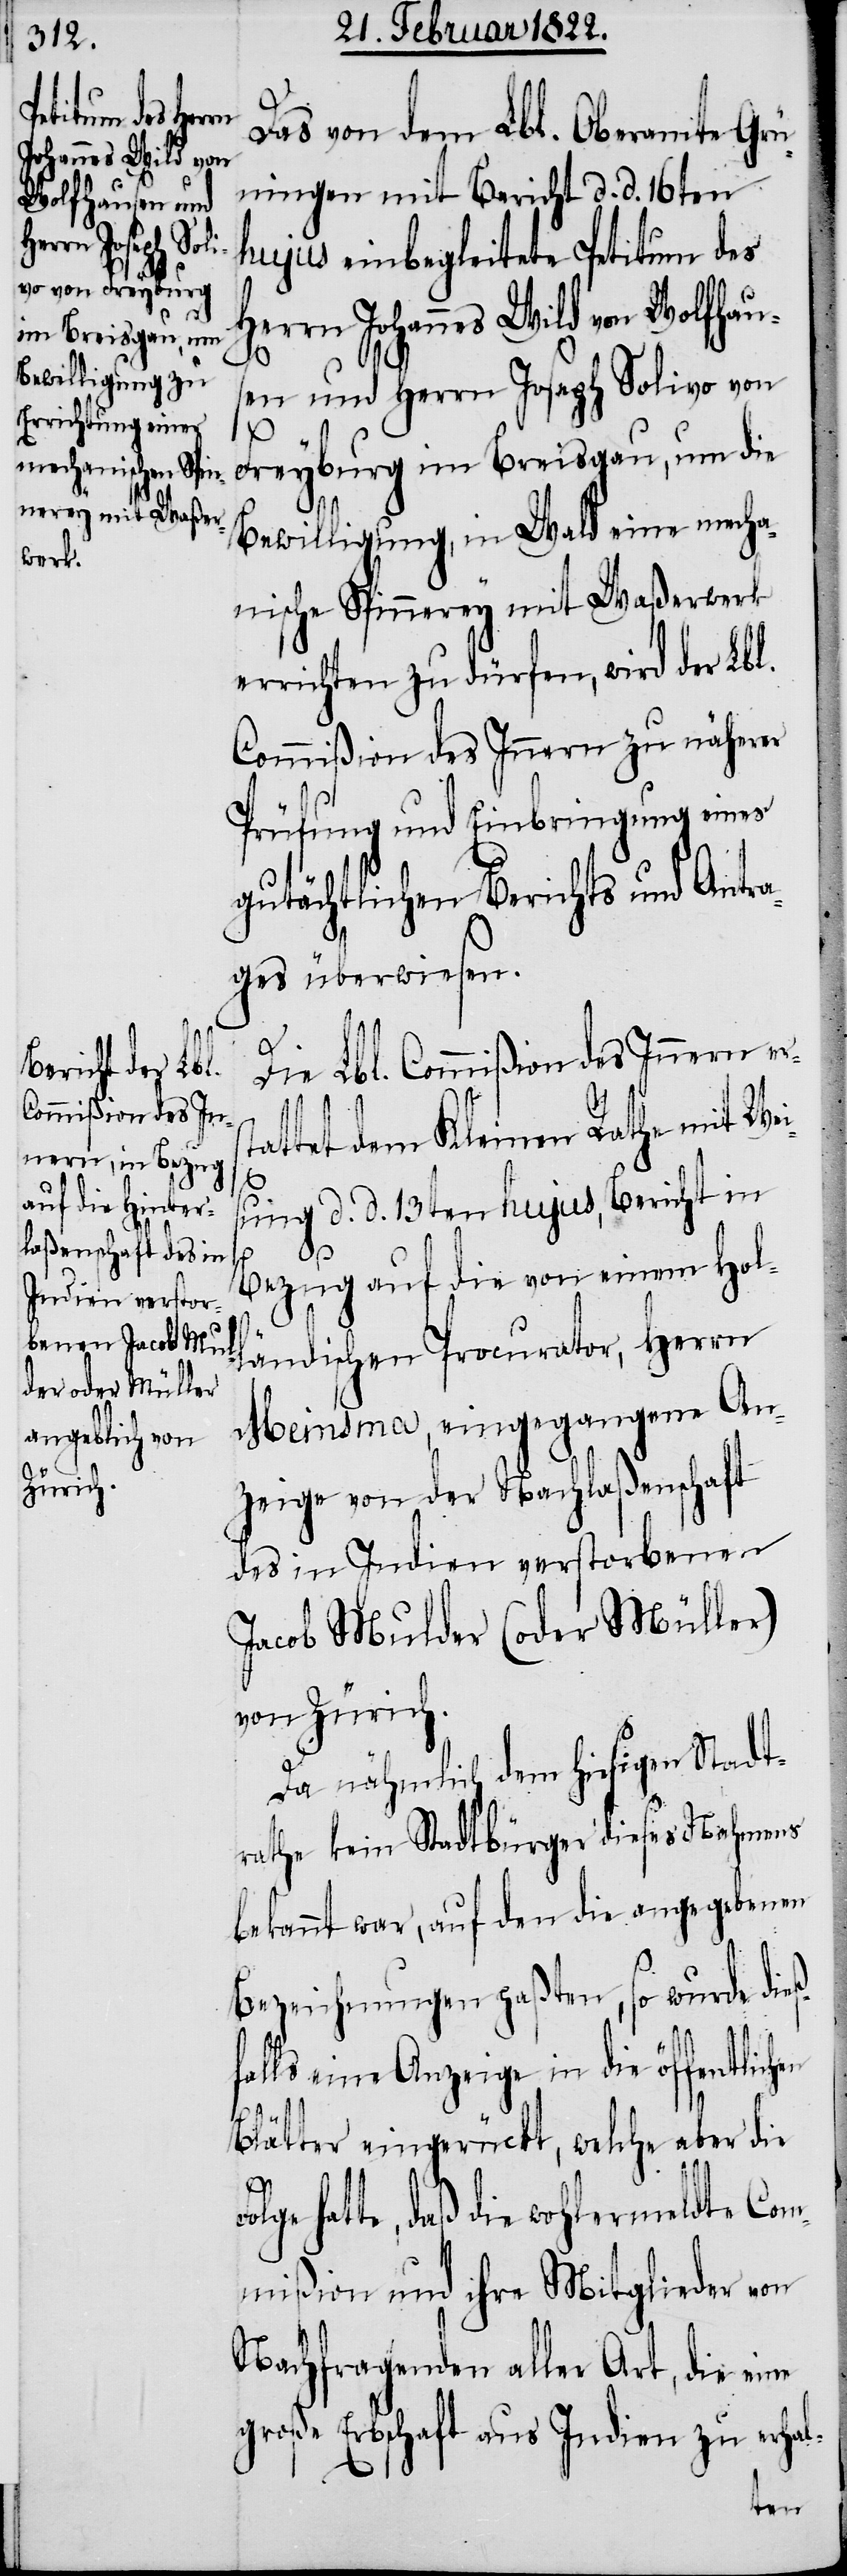
Das von dem Lbl. Oberamte Grü¬
ningen mit Bericht d. d. 16ten
hujus einbegleitete Petitum des
Herrn Johannes Wild von Wolfhaus¬
en und Herrn Joseph Solivo von
f¬
Freyburg im Breisgau, um die
Bewilligung, in Wald eine mecha¬
nische Spinnerey mit Waßerwerk
errichten zu dürfen, wird der Lbl.
Commißion des Innern zu näherer
Prüfung und Einbringung eines
gutächtlichen Berichts und Antra¬
ges überwiesen.
Die Lbl. Commißion des Innern er¬
tattet dem Kleinen Rathe mit Wei¬
sung d. d. 13ten hujus, Bericht in
Bezug auf die von einem Hol¬
ländischen Procurator, Herrn
Meinsma, eingegangene An¬
zeige von der Nachlaßenschaft
des in Indien verstorbenen
Jacob Mulder (oder Müller)
von Zürich.
Da nähmlich dem hiesigen Stadt¬
rathe kein Stadtbürger dieses Nahmens
bekannt war, auf den die angegebenen
Bezeichnungen paßten, so wurde dieß¬
alls eine Anzeige in die öffentlich¬
Blätter eingerückt, welche aber die
hatte, daß die wohlermeldte Com¬
mißion und ihre Mitglieder von
Nachfragenden aller Art, die eine
große Erbschaft aus Indien zu erhal-
en